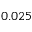
0 . 0 2 5